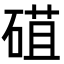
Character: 䃊